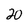
Character: 2